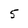
Character: 5